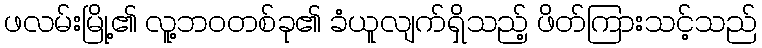
ဖလမ်းမြို့၏ လူ့ဘဝတစ်ခု၏ ခံယူလျက်ရှိသည့် ဖိတ်ကြားသင့်သည်